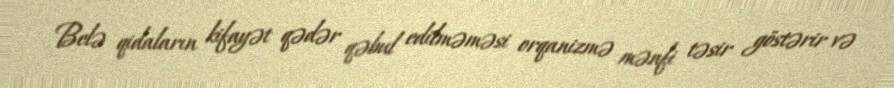
Belə qidaların kifayət qədər qəbul edilməməsi orqanizmə mənfi təsir göstərir və